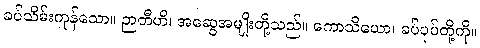
ခပ်သိမ်းကုန်သော။ ဉာတီဟိ၊ အဆွေအမျိုးတို့သည်။ ကောသိယော၊ ခပ်ပုပ်တို့ကို။